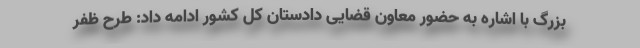
بزرگ با اشاره به حضور معاون قضایی دادستان کل کشور ادامه داد: طرح ظفر